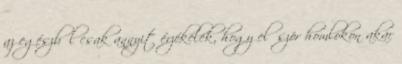
az egészből csak annyit érzékelek, hogy először homlokon akar